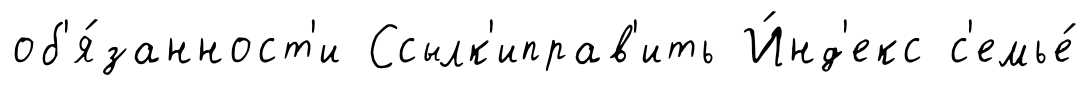
об'я́занност'и Ссылк'иправ'ить И́нд'екс с'емье́